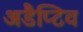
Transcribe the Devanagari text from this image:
अडैप्टिव